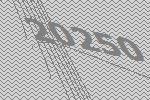
20250